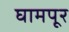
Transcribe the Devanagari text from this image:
घामपूर